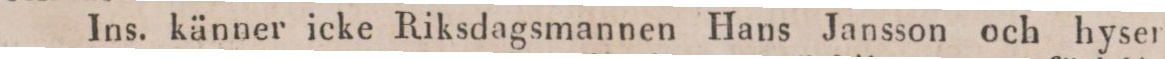
Ins. känner icke Riksdagsmannen Hans Jansson och hyser